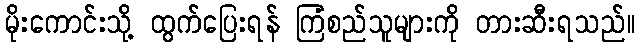
မိုးကောင်းသို့ ထွက်ပြေးရန် ကြံစည်သူများကို တားဆီးရသည်။